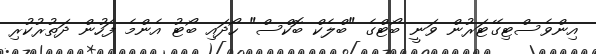
އިންވެސްޓިގޭޓަރުން ވަނީ ބޯޓްގެ "ބްލެކް ބޮކްސް" ހޯދައި ބޯޓު އެންމެ ފަހުން ދަތުރުކުރި